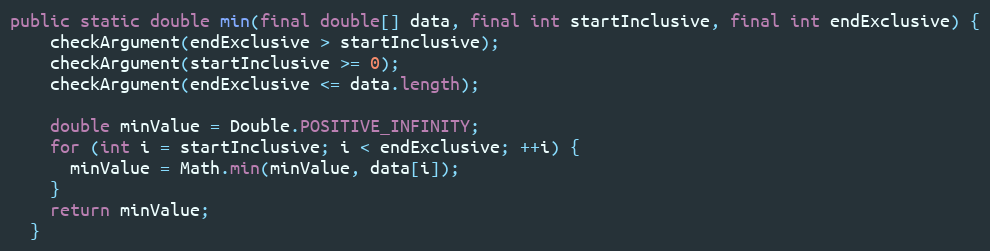
Language: Java
public static double min(final double[] data, final int startInclusive, final int endExclusive) {
    checkArgument(endExclusive > startInclusive);
    checkArgument(startInclusive >= 0);
    checkArgument(endExclusive <= data.length);

    double minValue = Double.POSITIVE_INFINITY;
    for (int i = startInclusive; i < endExclusive; ++i) {
      minValue = Math.min(minValue, data[i]);
    }
    return minValue;
  }